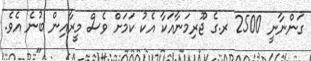
ގަންނާނީ 2500 ރ.ގެ ޖޫރިމަނާއަކާ އެކު ކަމަށް ވެސް މީރާއިން ބުނެ އެވެ.